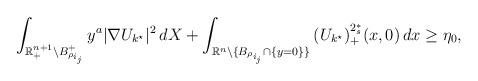
LaTeX: \begin{align*}\int_{\mathbb{R}^{n+1}_+\setminus B_{\rho_{i_j}}^+}{y^a|\nabla U_{k^\star}|^2\,dX}+\int_{\mathbb{R}^n\setminus\{B_{\rho_{i_j}}\cap\{y=0\}\}}{(U_{k^\star})_+^{2^*_s}(x,0)\,dx}\geq \eta_0,\end{align*}